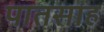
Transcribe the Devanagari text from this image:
पातसाह